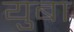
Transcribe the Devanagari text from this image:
युबा